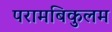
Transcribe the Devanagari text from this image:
परामबिकुलम